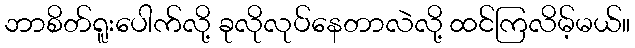
ဘာစိတ်ရူးပေါက်လို့ ခုလိုလုပ်နေတာလဲလို့ ထင်ကြလိမ့်မယ်။